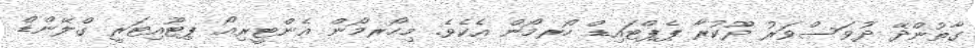
ގާތުންދޭ ދުވަސްވަރު ދޫކުރާ ޕެޕްޓައިޑް ހޯރމޯން އެކެވެ. މިހޯރމޯން އެންޓީރިއޯ ޕިޓޫއިޓަރީ ގްލޭންޑް